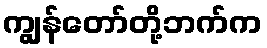
ကျွန်တော်တို့ဘက်က